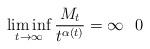
LaTeX: \begin{align*}\liminf_{t\to \infty} \frac{M_t}{t^{\alpha(t)}}=\infty ~ ~ 0 \end{align*}